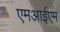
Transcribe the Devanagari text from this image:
एमआईएम